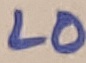
Text: LO